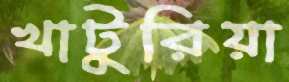
খাটুরিয়া